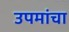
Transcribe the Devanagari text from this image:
उपमांचा